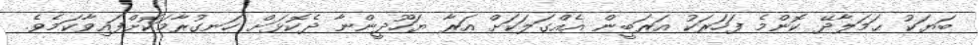
ބަޔަކު ޙަމަލާދޭ ކޮންމެ ފަހަރަކު އަރަބީން އެއްގަލަކަށް އަރާ ޔަހޫދީންނާ ދެކޮޅަށް ހަނގުރާމަކޮށްފައިވާކަމެވެ.